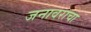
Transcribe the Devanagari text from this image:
जनावराचा